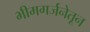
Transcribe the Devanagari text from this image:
भीमगर्जनेतून